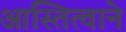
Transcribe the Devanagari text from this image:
आस्तित्वाने